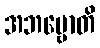
အဘဗ္ဗောတိ